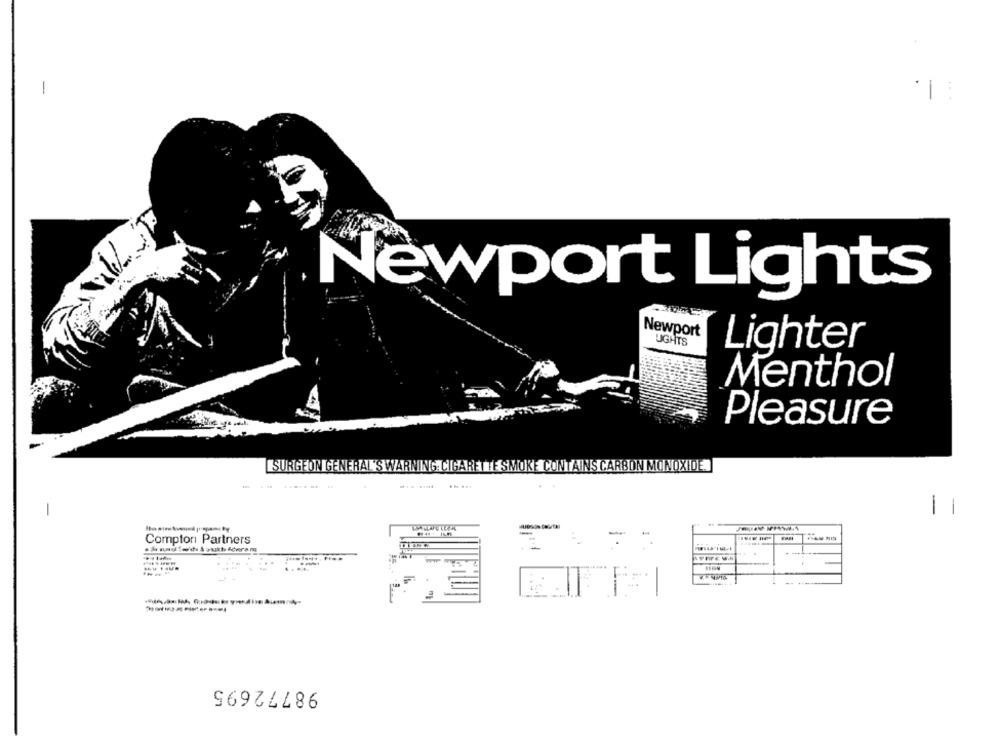
-
-
Newport Lights
Newport
JGHTS
Lighter
Menthol
Pleasure
SURGEON GENERAL'S WARNING CIGARETTE SMOKE CONTAINS CARBON MONOXIDE.
...---- -
11
Compton Partners
1 .
98772695